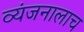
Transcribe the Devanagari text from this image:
व्यंजनालाच